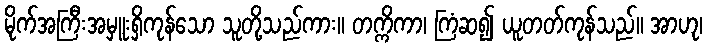
မိုက်အကြီးအမှူးရှိကုန်သော သူတို့သည်ကား။ တက္ကိကာ၊ ကြံဆ၍ ယူတတ်ကုန်သည်။ အာဟု၊